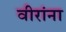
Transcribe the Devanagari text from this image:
वीरांना